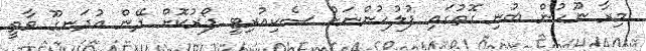
މިރާ ނޫހުން ބުނި ގޮތުގައި ފުލުހުންނަށް ސެކިއުރިޓީ ފޯރުކޮށް ދޭން އުދަނގޫ ވާތީ